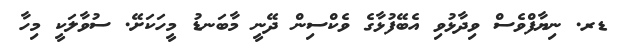
ޑރ. ނިޔާފްވެސް ވިދާޅުވި އެބޭފުޅާގެ ވެކްސިން ދޭނީ މާބަނޑު މީހަކަށޭ. ސުވާލަކީ މިހާ